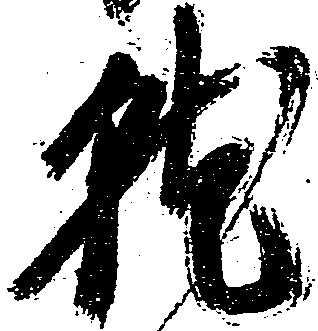
就